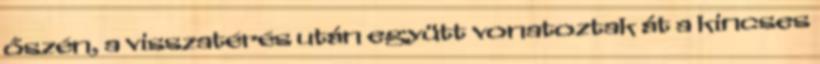
őszén, a visszatérés után együtt vonatoztak át a kincses